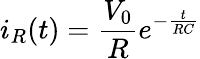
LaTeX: i_{R}(t)=\frac{V_{0}}{R}e^{-\frac{t}{RC}}